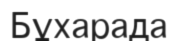
Бұхарада